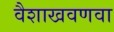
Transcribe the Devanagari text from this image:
वैशाखवणवा